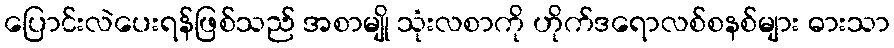
ပြောင်းလဲပေးရန်ဖြစ်သည် အစာမျို သုံးလစာကို ဟိုက်ဒရောလစ်စနစ်များ ဓားသာ